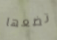
تضعها